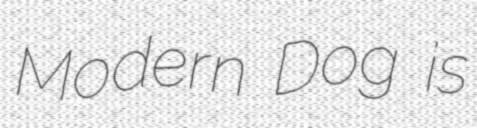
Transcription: Modern Dog is